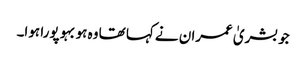
جو بشریٰ عمران نے کہا تھا وہ ہوبہو پورا ہوا۔